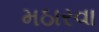
મઠારવા